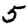
Digit: 5